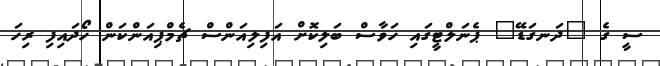
ސީ ގެ "ދަނގަޑޭ" ޕެނަލްޓީގައި ހަވާސް ބަލިކޮށް އަފިލިއަންސް ޗެމްޕިއަންކަން ހޯދައިފި ރިހަ